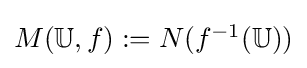
{\textstyle M(\mathbb {U} ,f):=N(f^{-1}(\mathbb {U} ))}